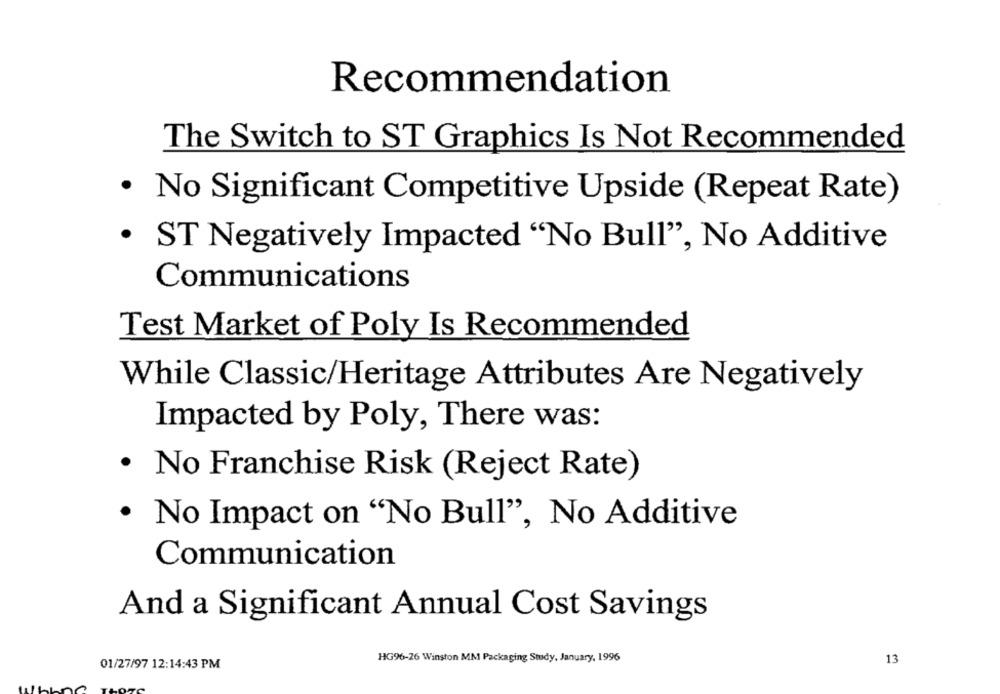
Recommendation
The Switch to ST Graphics Is Not Recommended
· No Significant Competitive Upside (Repeat Rate)
· ST Negatively Impacted "No Bull", No Additive
Communications
Test Market of Poly Is Recommended
While Classic/Heritage Attributes Are Negatively
Impacted by Poly, There was:
· No Franchise Risk (Reject Rate)
· No Impact on "No Bull", No Additive
Communication
And a Significant Annual Cost Savings
HG96-26 Winston MM Packaging Study, January, 1996
13
01/27/97 12:14:43 PM